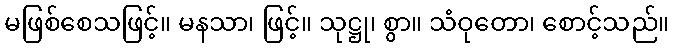
မဖြစ်စေသဖြင့်။ မနသာ၊ ဖြင့်။ သုဋ္ဌု၊ စွာ။ သံဝုတော၊ စောင့်သည်။